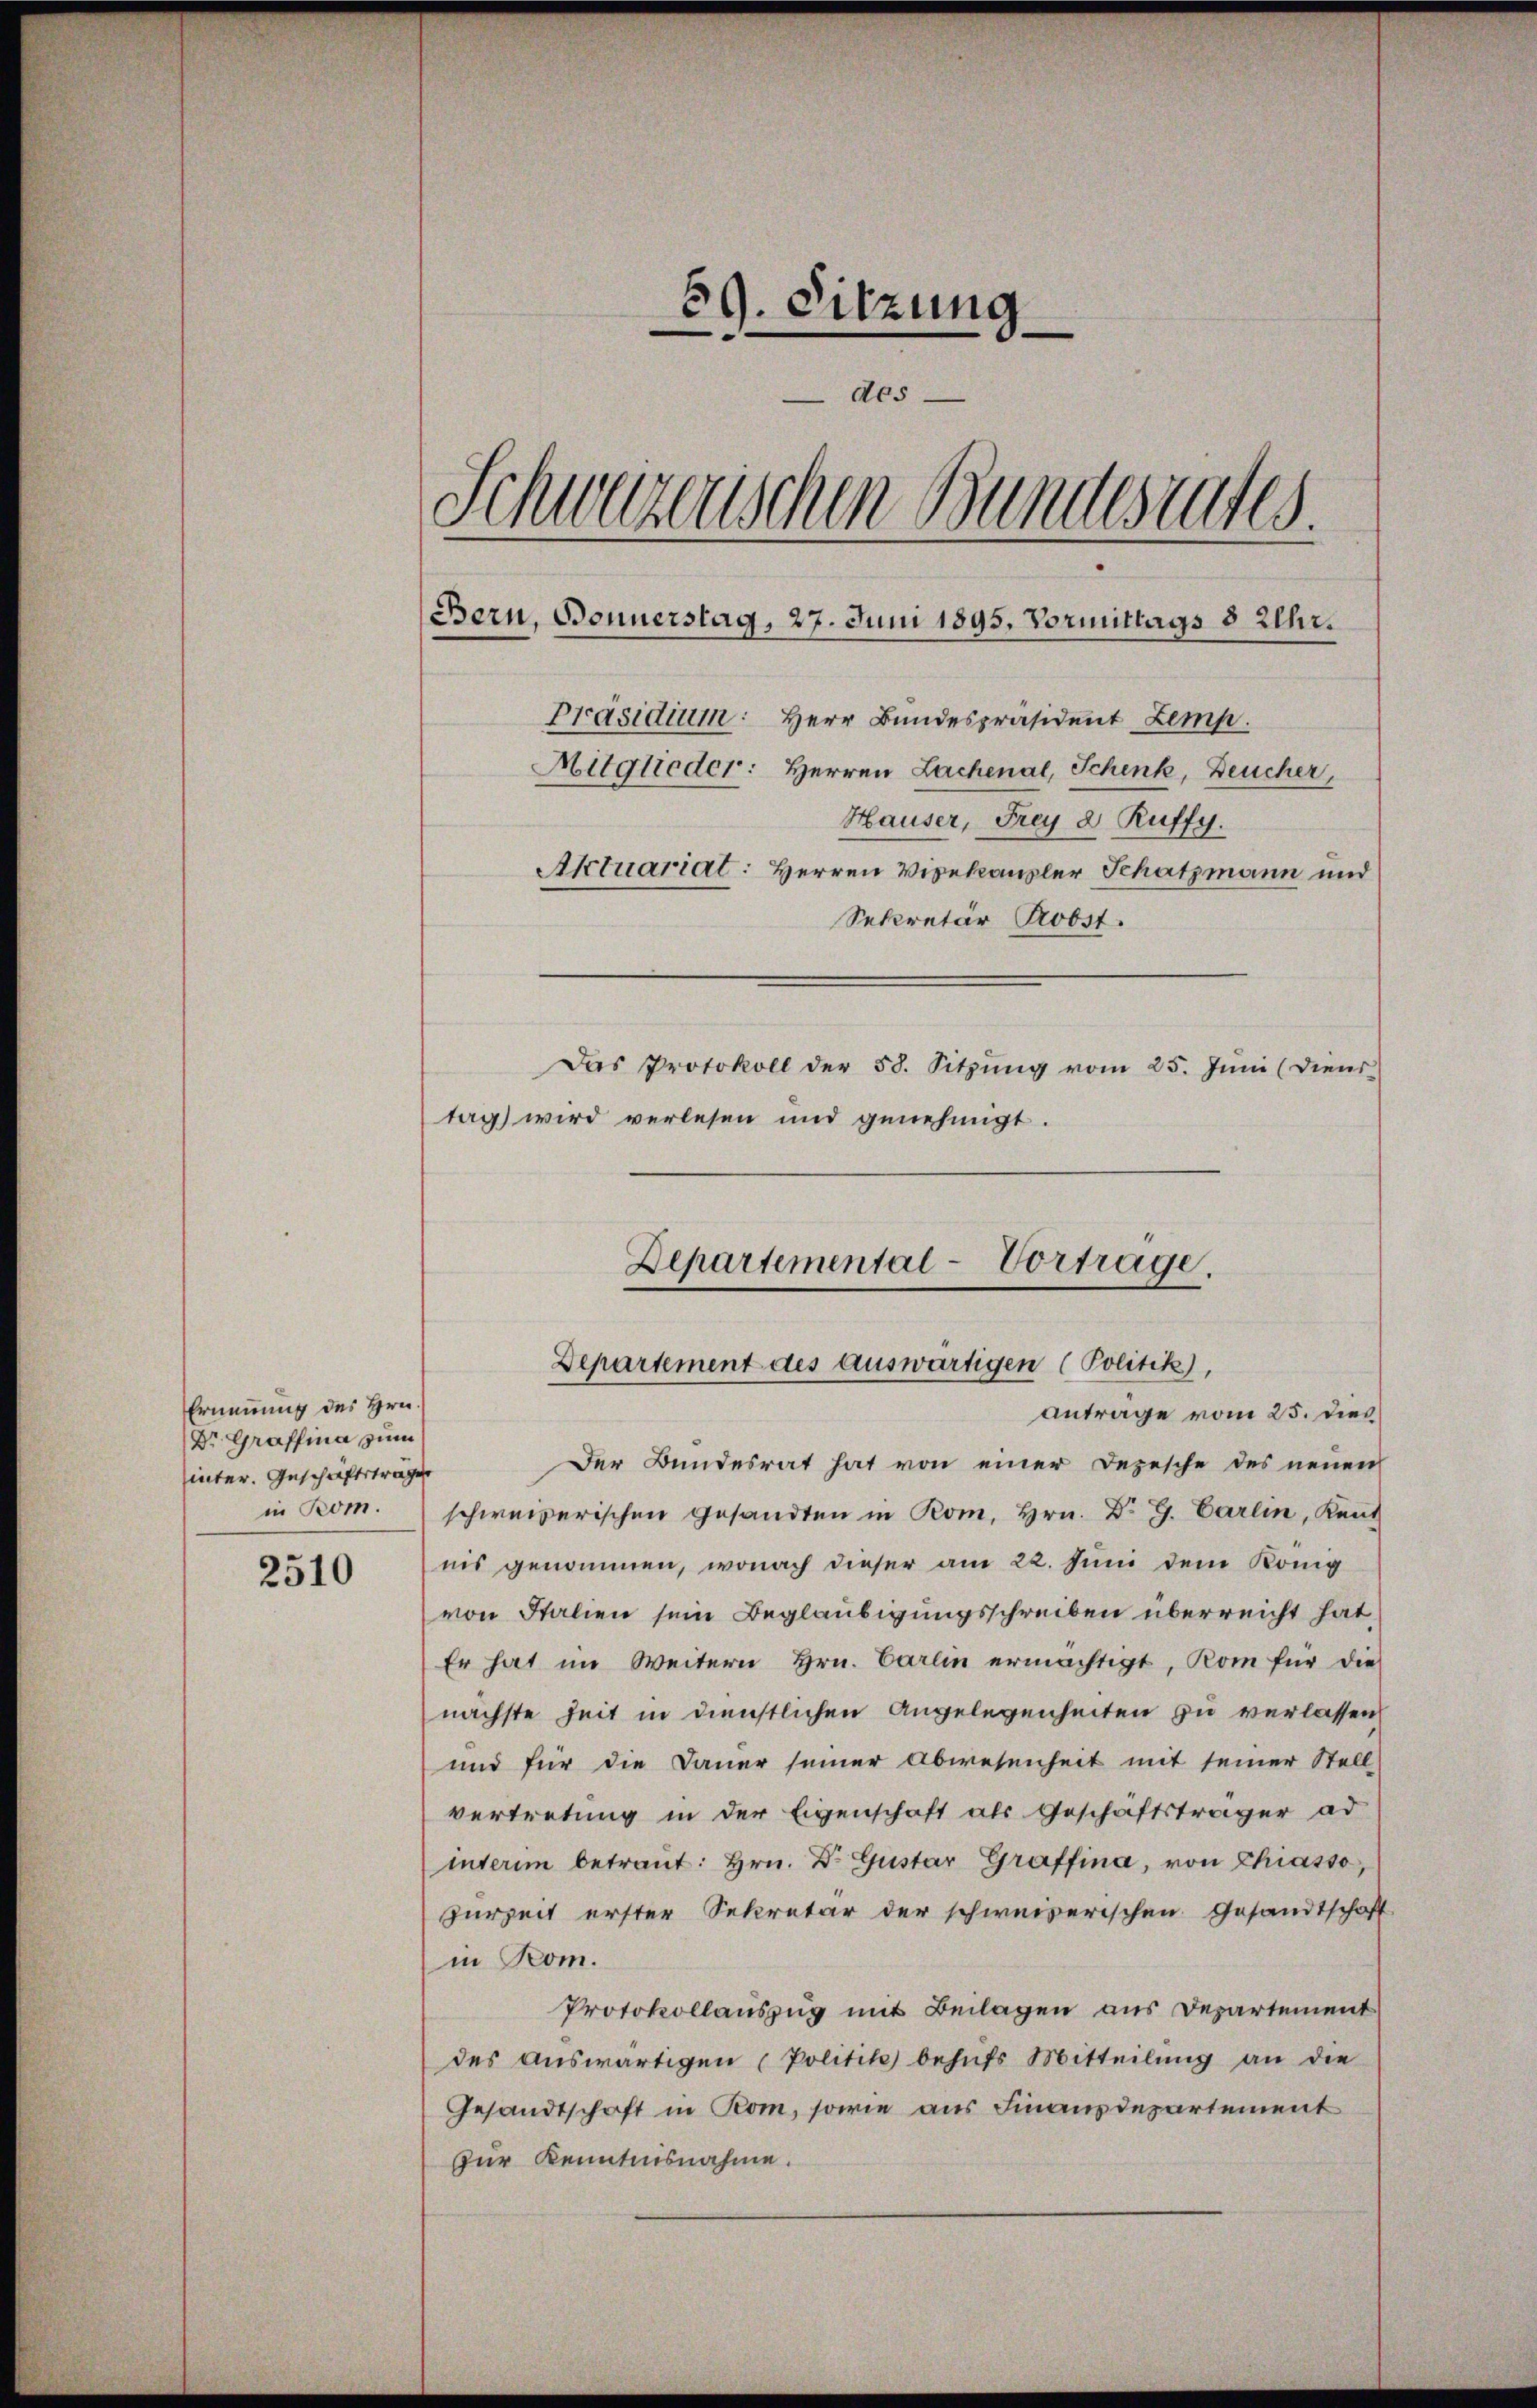
Ernennung des Hrn.
Dr. Graffina zum
inter. Geschäftsträge
in Rom.

2510

59. Sitzung
des
Schweizerischen Bundesrates
Bern, Bonnerstag, 27. Juni 1895. Vormittags 8 Uhr.
Präsidium: Herr Bundespräsident Zemp.
Mitglieder: Herren Lachenal, Schenk, Deucher,
Hauser, Frey 2 Ruffy.
Aktuariat: Herren Vizekanzler Schatzmann und
Sekretär Probst.
Das Protokoll der 58. Sitzung vom 25. Juni (Diens
tag) wird verlesen und genehmigt.

Antrage vom 25. dies
Der Bundesrat hat von einer Depesche des neuen
schweizerischen gesandten in Rom, Hrn. Dr G. Carlin, Kenn
nis genommen, wonach dieser am 22. Juni dem König
von Italien sein Beglaubigungsschreiben überreicht hat
Er hat im Weitern Hrn. Carlin ermächtigt, Kom für die
nächste Zeit in dienstlichen Angelegenheiten zu verlassen
und für die Dauer seiner Abwesenheit mit seiner Stell
vertretung in der Eigenschaft als Geschäftsträger ad
interim betraŭt: hrn. Dr. Gustar Graffina, von Chiasso,
zurzeit erster Sekretär der schweizerischen Gesandtschaft
in Rom.
Protokollauszug mit Beilagen aus Departement
des aŭswärtigen (Politik behŭfs Mitteilŭng an die
Gesandtschaft in Rom, sowie aus Finanzdepartement
zur Kenntnisnahme.

Departemental-Vortrage.
Departement des auswärtigen (Politik),